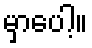
မှာပေါ့။